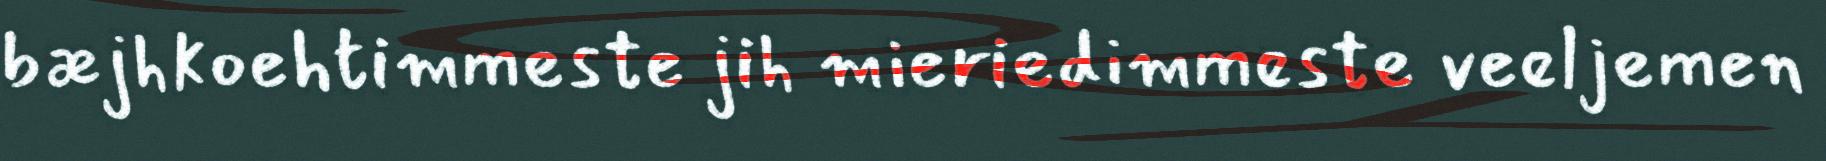
bæjhkoehtimmeste jih mieriedimmeste veeljemen